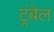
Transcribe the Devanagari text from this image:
ट्रंबेल